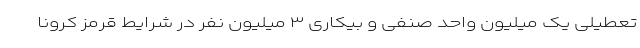
تعطیلی یک میلیون واحد صنفی و بیکاری ۳ میلیون نفر در شرایط قرمز کرونا